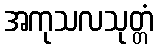
အကုသလသုတ္တံ